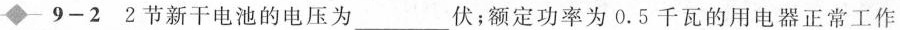
9-22节新干电池的电压为___伏；额定功率为0.5千瓦的用电器正常工作